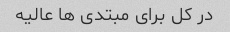
در کل برای مبتدی ها عالیه